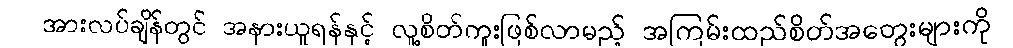
အားလပ်ချိန်တွင် အနားယူရန်နှင့် လူ့စိတ်ကူးဖြစ်လာမည့် အကြမ်းထည်စိတ်အတွေးများကို